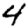
Digit: 4